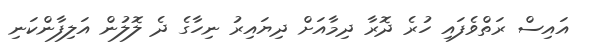
އައިސް ރަތްވެފައި ހުރެ ދޮރާ ދިމާއަށް ދިޔައިރު ނިހާގެ ދެ ލޮލުން އަލިފާންކަނި